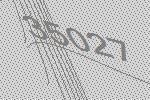
35027